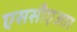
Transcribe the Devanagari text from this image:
एससीएआर